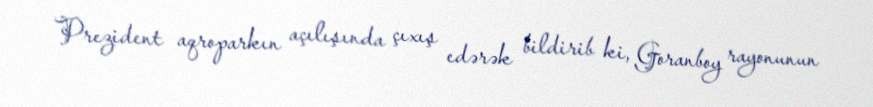
Prezident aqroparkın açılışında çıxış edərək bildirib ki, Goranboy rayonunun